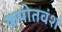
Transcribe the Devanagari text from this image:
कपोतवंश